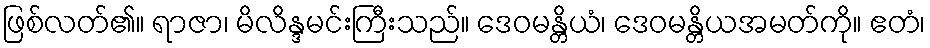
ဖြစ်လတ်၏။ ရာဇာ၊ မိလိန္ဒမင်းကြီးသည်။ ဒေဝမန္တိယံ၊ ဒေဝမန္တိယအမတ်ကို။ ဧတံ၊